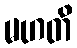
မဟတိ